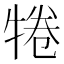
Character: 犈